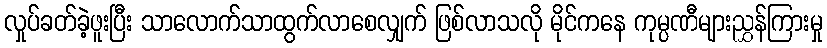
လှုပ်ခတ်ခဲ့ဖူးပြီး သာလောက်သာထွက်လာစေလျှက် ဖြစ်လာသလို မိုင်ကနေ ကုမ္ပဏီများညွှန်ကြားမှု